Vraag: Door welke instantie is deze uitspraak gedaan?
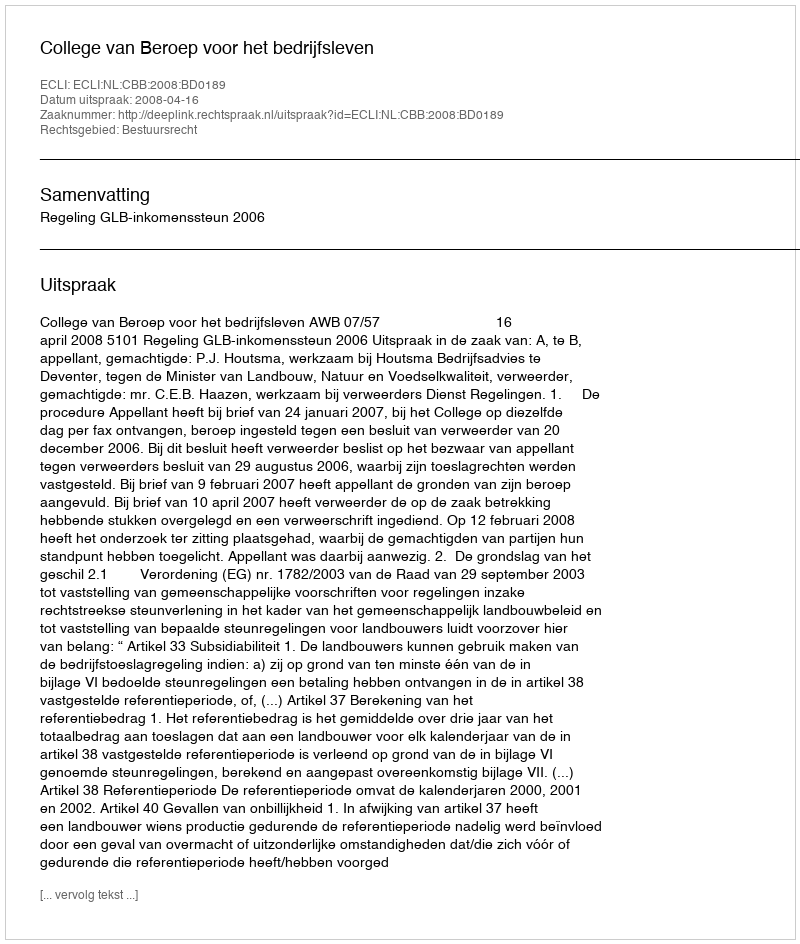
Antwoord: College van Beroep voor het bedrijfsleven